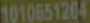
1010651204